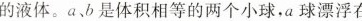
的液体。a、b是体积相等的两个小球，a球漂浮在